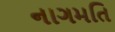
નાગમતિ